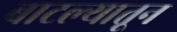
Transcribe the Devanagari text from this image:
बाटल्यातून